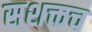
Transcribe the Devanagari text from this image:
सशक्तच